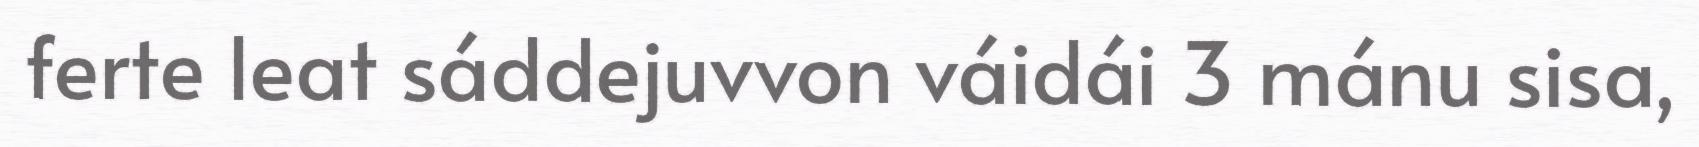
ferte leat sáddejuvvon váidái 3 mánu sisa,